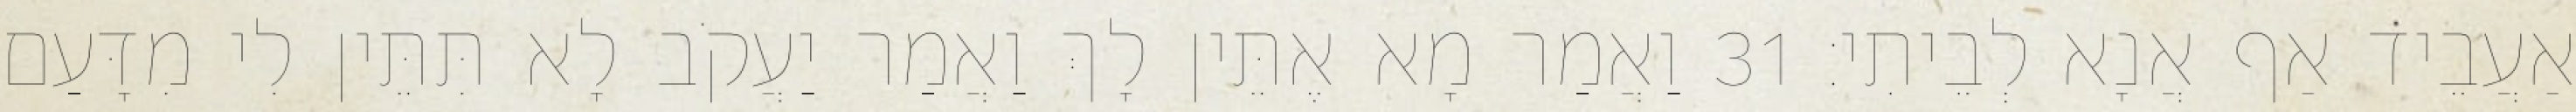
אַעֲבֵיד אַף אֲנָא לְבֵיתִי׃ 31 וַאֲמַר מָא אֶתֵּין לָךְ וַאֲמַר יַעֲקֹב לָא תִּתֵּין לִי מִדָּעַם